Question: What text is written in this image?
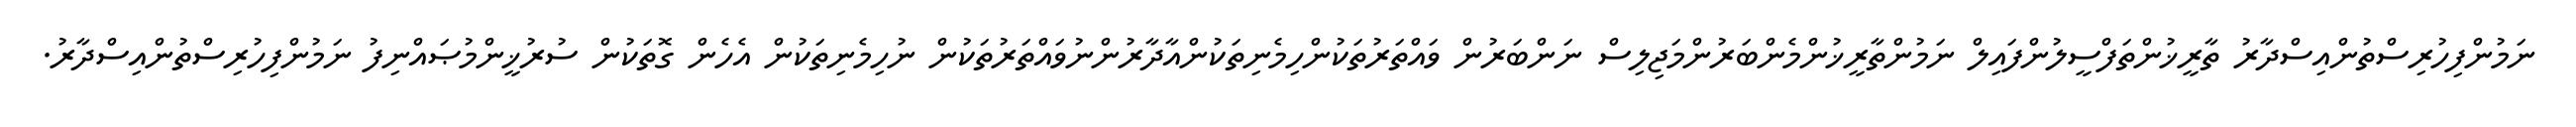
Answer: ނަމުންފިހުރިސްތުންއިސްދާރު ތާރީޚުންތަފްސީލުންފައިލް ނަމުންތާރީޚުންމެންބަރުންމަޖިލިސް ނަންބަރުން ވައްތަރުތަކުންހިމެނިތަކުންއާދާރުންނުވައްތަރުތަކުން ނުހިމެނިތަކުން އެހެން ގޮތަކުން ސުރުޚީންމުޞައްނިފު ނަމުންފިހުރިސްތުންއިސްދާރު.